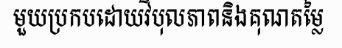
មួយប្រកបដោយវិបុលភាពនិងគុណតម្លៃ